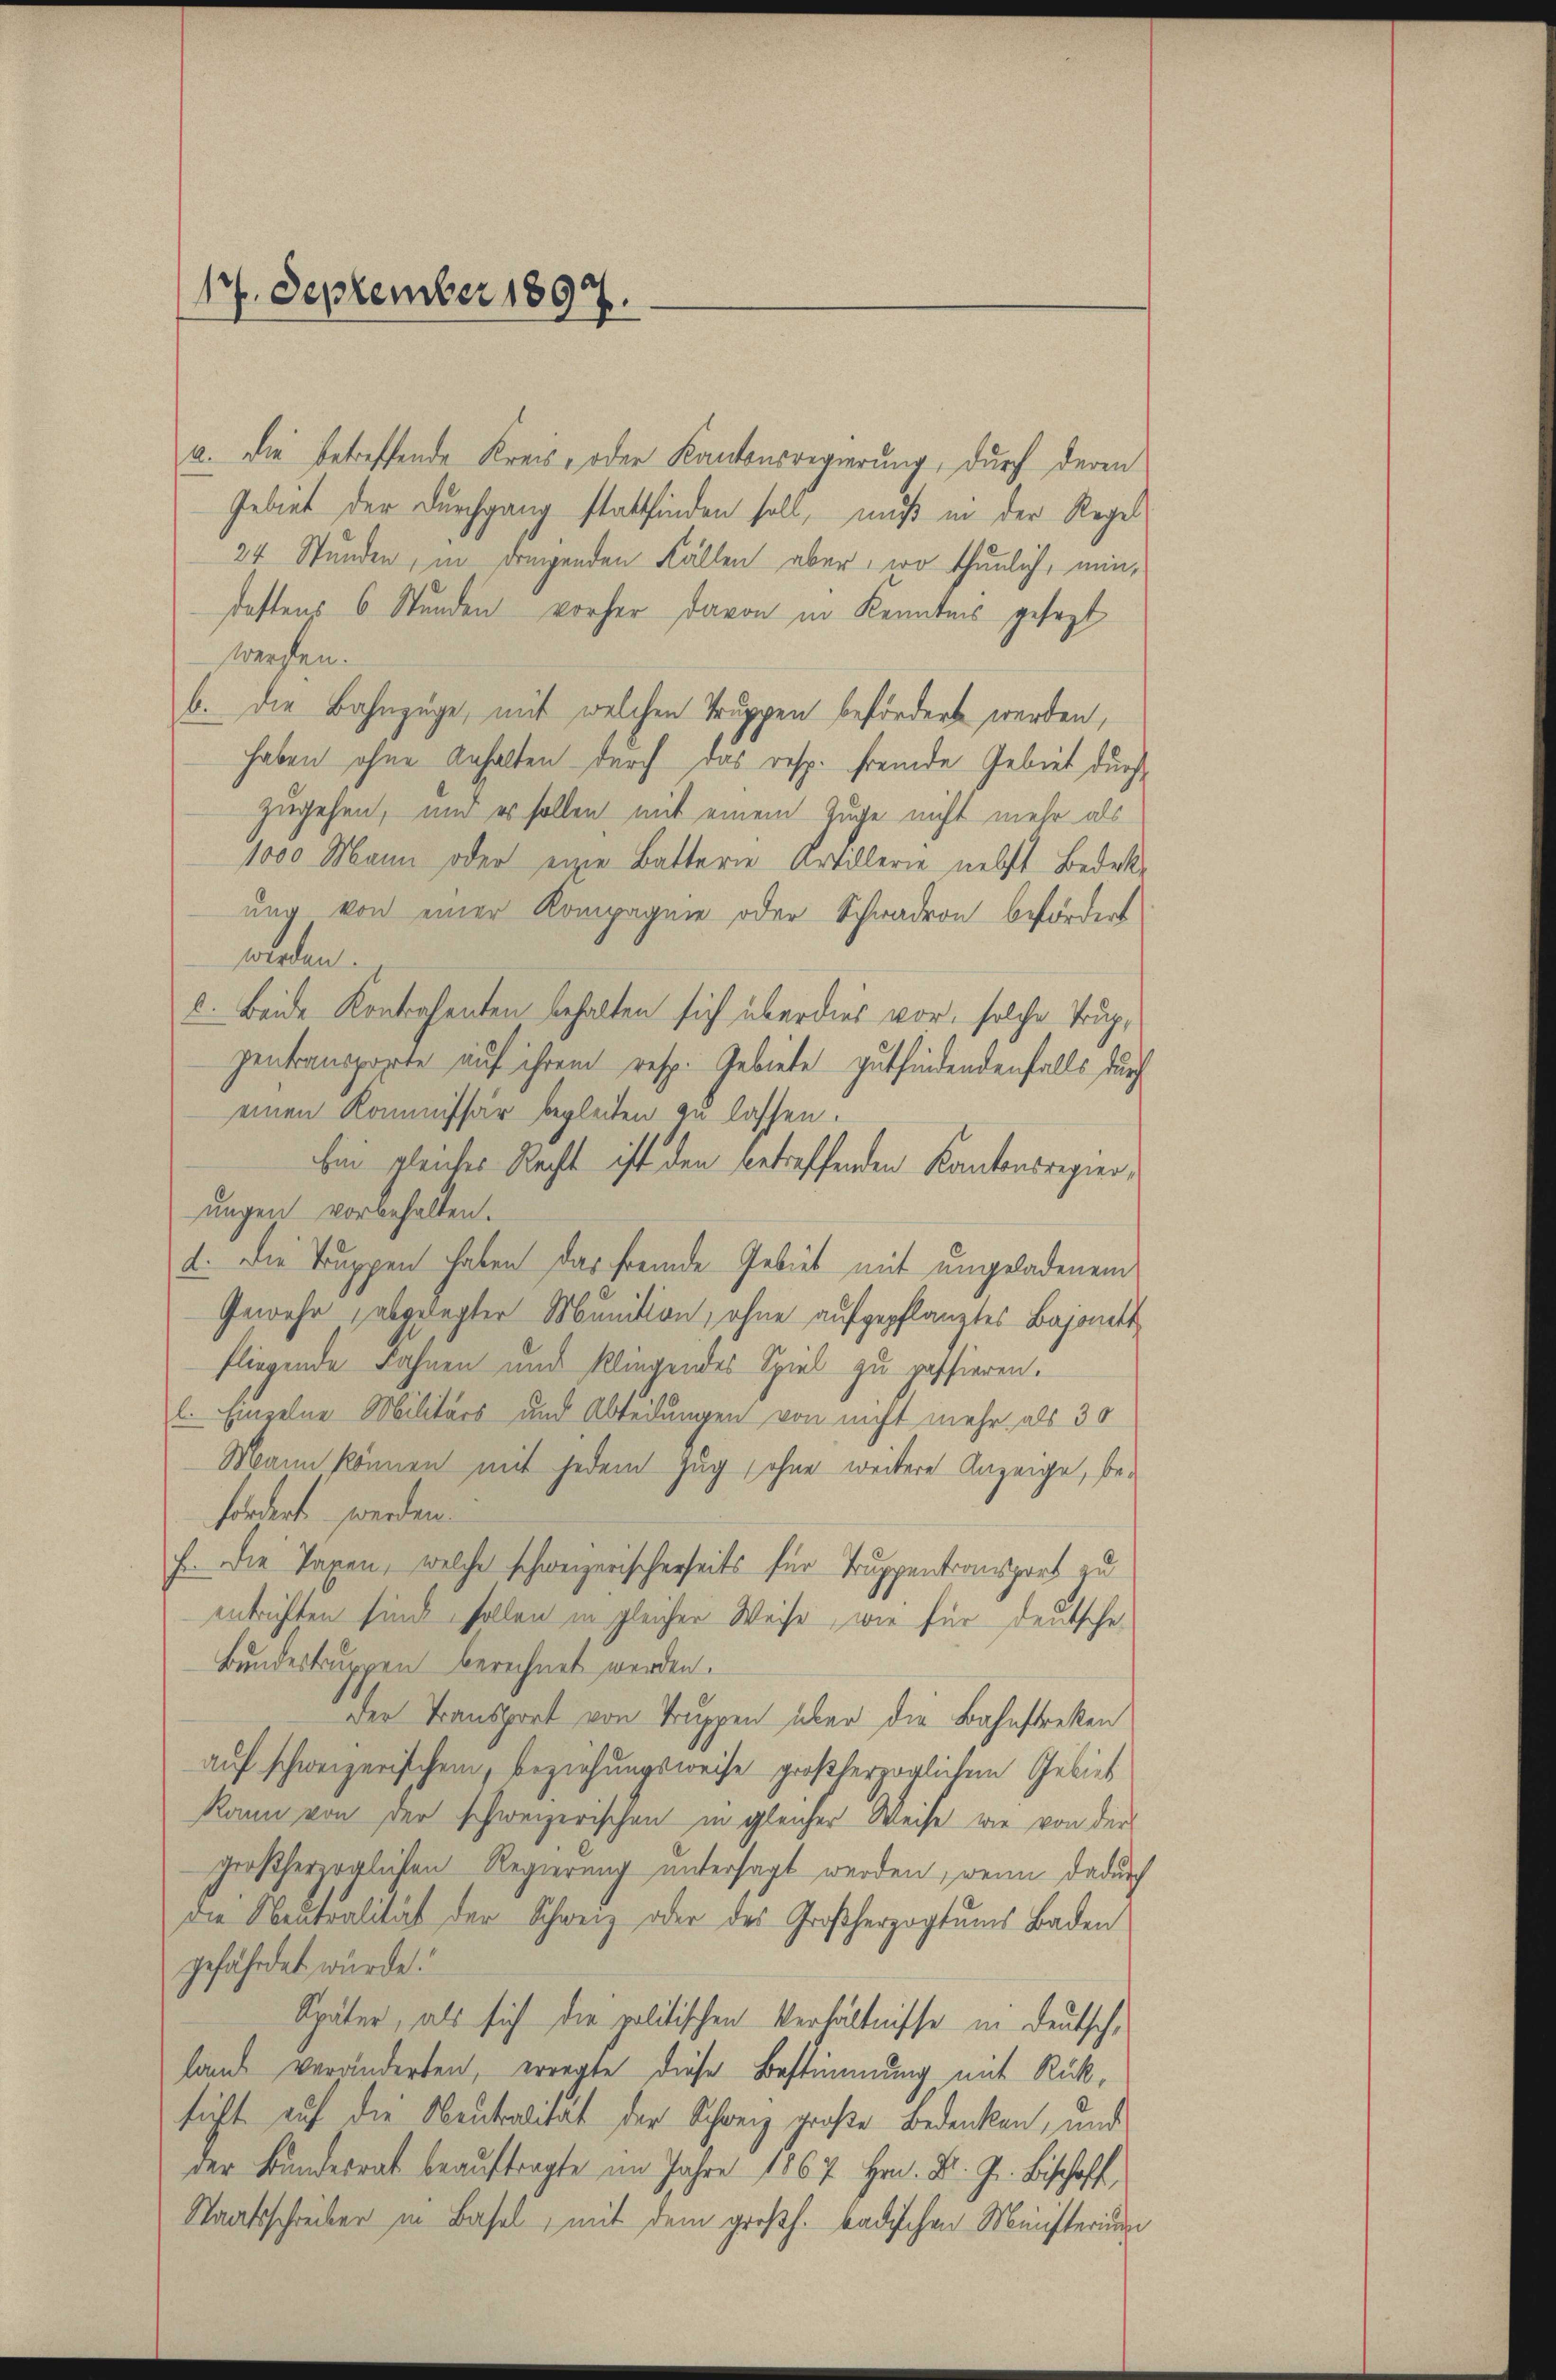
a. Die betreffende Kreis- oder Kantonsregierung, durch deren
Gebiet der Durchgang stattfinden soll, muß in der Regel
24 Stunden, in dringenden Fällen aber, wo thunlich, ein,
dastens 6 Stunden vorher davon in Kenntnis gesagt
werfen.
b. Die Bahnzüge, mit welchen Truppen befördert werden,
haben ohne Anhalten durch das resp. fremde Gebiet durch
zugehen, und es sollen mit einem Zuge nicht mehr als
1000 Mann oder eine Batterie Artillerie nebst Bedeke
ung von einer Kompagnie oder Schwadron befördert
wolden.
8. Beide Kontrahenten behalten sich überdies vor, solche Trupgentransporte auf ihrem resp. Gebiete gutfindendenfalls durch
einen Kommissär begleiten zu lassen.
Ein gleiches Recht ist den betreffenden Kantonsregierungen vorbehalten.
a. Die Truppen haben das fremde Gebiet mit ungeladenem
Gewehr, abgeregter Munition, ohne aufgepflanztes Bajonett
fliegende Bahnen und klingendes Spiel zu passieren.
l. Einzelne Militärs und Abteilungen von nicht mehr als 30
Mann können mit jedem Zug (ohne weitere Anzeige, befordert werden.
f. Die Taxen, welche schweizerischerseits für Truppentionsport zu
entrichten sind sollen in gleicher Weise, wie für deutsche
Bundestruppen berechnet werden.
Der Transport von Truppen über die Bahnstreken
auf schweizerischem, beziehungsweise großherzoglichen Gebiet
kann von der schweizerischen in gleicher Weise wie von der
großherzoglichen Regierung untersagt werden, wenn dadurch
die Neutralität der Schweiz oder des Großherzogtums Baden
gefährdet würde.
Später, als sich die politischen Verhältnisse in Deutschland veränderten, erregte diese Bestimmung mit Rücksicht auf die Neutralität der Schweiz große Bedenken, und
der Bundesrat beaŭftragte im Jahre 1867 Hrn. Dr. J. Bischoff,
Staatsschreiber in Basel, mit dem großh. badischen Ministerium

17. September 1897.